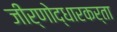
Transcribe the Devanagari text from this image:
जीर्णोद्धारकर्ता